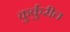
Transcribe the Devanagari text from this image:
कुर्कुरीत